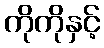
ကိုကိုနှင့်